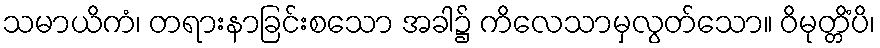
သမာယိကံ၊ တရားနာခြင်းစသော အခါ၌ ကိလေသာမှလွတ်သော။ ဝိမုတ္တိံပိ၊